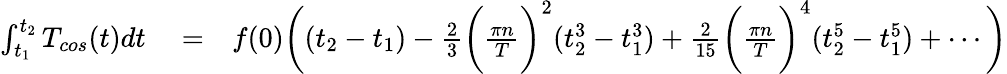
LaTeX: \begin{array}{rlr}{\int_{t_{1}}^{t_{2}}T_{cos}(t)dt}&{{}=}&{f(0)\bigg((t_{2}-t_{1})-\frac{2}{3}\bigg(\frac{\pi n}{T}\bigg)^{2}(t_{2}^{3}-t_{1}^{3})+\frac{2}{15}\bigg(\frac{\pi n}{T}\bigg)^{4}(t_{2}^{5}-t_{1}^{5})+\cdots\bigg)}\end{array}